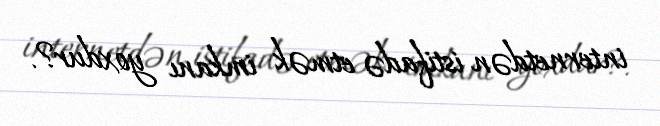
internetdən istifadə etmək imkanı yoxdur?.